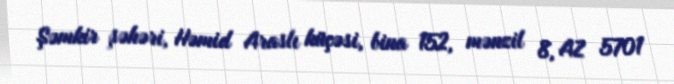
Şəmkir şəhəri, Həmid Araslı küçəsi, bina 152, mənzil 8, AZ 5701